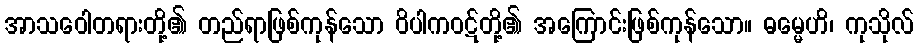
အာသဝေါတရားတို့၏ တည်ရာဖြစ်ကုန်သော ဝိပါကဝဋ်တို့၏ အကြောင်းဖြစ်ကုန်သော။ ဓမ္မေဟိ၊ ကုသိုလ်